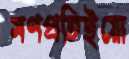
মণপ্রতিইয়ো